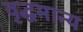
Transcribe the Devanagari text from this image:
वृद्धमान्य